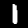
Label: 1